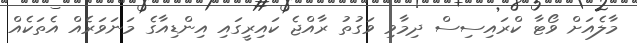
މާލެއަށް ވޯޓާ ކްރައިސިސް ދިމާވި ވަގުތު ރާއްޖެ ކައިރީގައި އިންޑިއާގެ މަނަވަރެއް އެތަކެއް